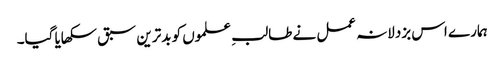
ہمارے اس بزدلانہ عمل نے طالبِ علموں کو بدترین سبق سکھایا گیا۔